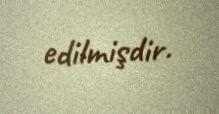
edilmişdir.